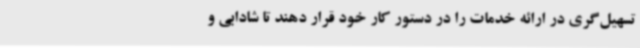
تسهیل‌گری در ارائه خدمات را در دستور کار خود قرار دهند تا شادابی و